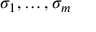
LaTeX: \sigma _ { 1 } , \ldots , \sigma _ { m }